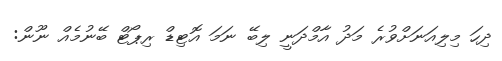
ދިހަ މިލިއަނަށްވުރެ މަދު އާމްދަނީ ލިބޭ ނަމަ އޮޓިޑް ރިޕޯޓް ބޭނުމެއް ނޫން: